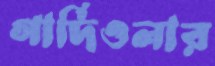
গার্দিওলার